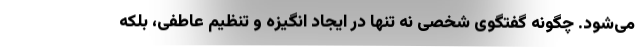
می‌شود. چگونه گفتگوی شخصی نه تنها در ایجاد انگیزه و تنظیم عاطفی، بلکه